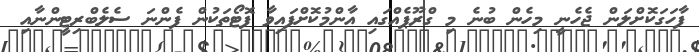
ފާހަގަކޮށްލަން ޖެހެނީ މިހެން ބުނެ މި ގްރޫޕެއްގައި އާންމުކޮށްފައިވާ ފޮޓޯތަކުން ފެންނަ ސެލެބްރިޓީންނާއި